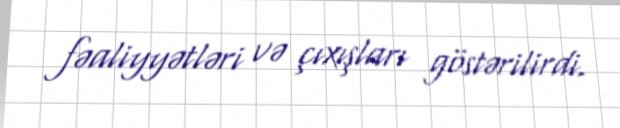
fəaliyyətləri və çıxışları göstərilirdi.